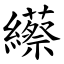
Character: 䌨